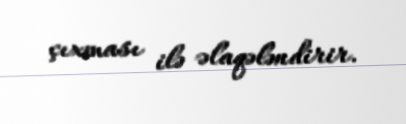
çıxması ilə əlaqələndirir.